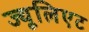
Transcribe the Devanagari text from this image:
ज्यूलिएट